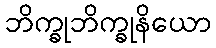
ဘိက္ခုဘိက္ခုနိယော